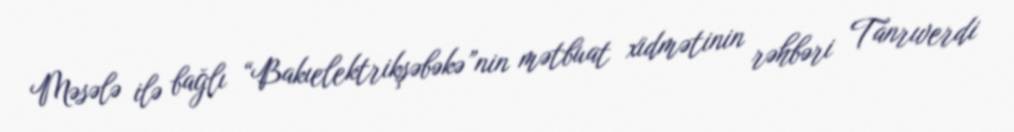
Məsələ ilə bağlı “Bakıelektrikşəbəkə”nin mətbuat xidmətinin rəhbəri Tanrıverdi